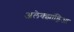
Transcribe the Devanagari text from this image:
अलेक्झांड्रिआ